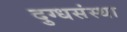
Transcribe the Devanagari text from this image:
दुग्धसंस्था